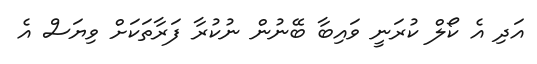
އަދި އެ ކޯލް ކުރަނީ ވައިބާ ބޭނުން ނުކުރާ ފަރާތަކަށް ވިޔަސް އެ